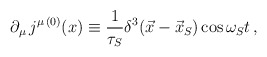
\begin{align*}\partial_\mu \,j^{\mu\,(0)}(x) \equiv \frac{1}{\tau_S}\delta^3(\vec{x}-\vec{x}_S) \cos \omega_S t\,,\end{align*}